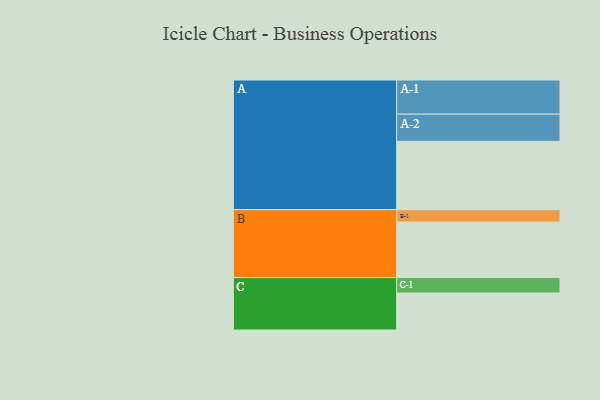
{"axis": {"x": "Segment", "y": "Value"}, "legend": ["", "A", "B", "C"], "data": [{"x": "A", "y": 569, "type": ""}, {"x": "B", "y": 462, "type": ""}, {"x": "C", "y": 308, "type": ""}, {"x": "A-1", "y": 284, "type": "A"}, {"x": "A-2", "y": 226, "type": "A"}, {"x": "B-1", "y": 103, "type": "B"}, {"x": "C-1", "y": 128, "type": "C"}]}